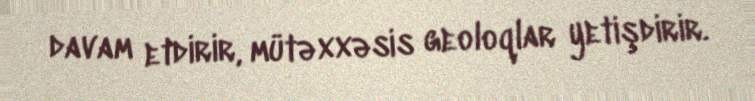
davam etdirir, mütəxxəsis geoloqlar yetişdirir.